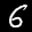
Label: 6